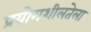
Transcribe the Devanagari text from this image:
प्रयोगशीलतेला